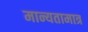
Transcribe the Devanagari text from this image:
मान्यतामात्र